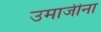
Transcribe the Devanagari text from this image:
उमाजीना